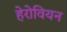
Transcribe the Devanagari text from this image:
हेरोवियन